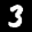
Label: 3